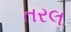
તરલ